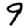
Digit: 9